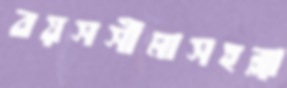
বয়সসীমাসহব্লা